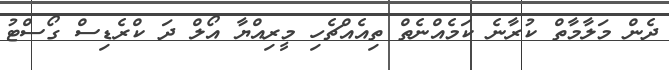
ދެން މަލާމާތް ކުރާނެ ކަމެއްނެތް ތިއެއްޗެހި މީރިއްޔާ އޯލް ދަ ކްރެޑިސް ގޯސްޓު